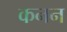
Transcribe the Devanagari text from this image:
कनन